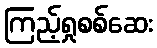
ကြည့်ရှုစစ်ဆေး